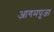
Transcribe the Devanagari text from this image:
आगमपूजा